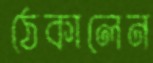
ঠেকালেন